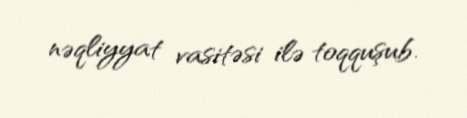
nəqliyyat vasitəsi ilə toqquşub.